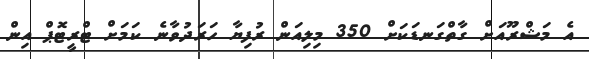
އެ މަޝްރޫއަށް ގާތްގަނޑަކަށް 350 މިލިއަން ރުފިޔާ ހަރަދުވާނެ ކަމަށް ޓްރީޓޮޕް އިން